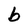
Character: b